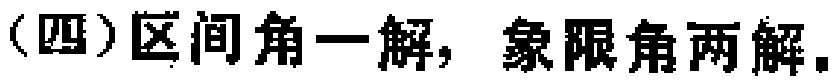
（四）区间角一解，象限角两解。